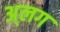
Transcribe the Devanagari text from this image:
अ्लग